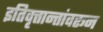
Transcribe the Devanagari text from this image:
इतिवृत्तान्तांवरून